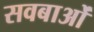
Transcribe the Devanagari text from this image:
सवबाओं